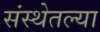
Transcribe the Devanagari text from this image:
संस्थेतल्या